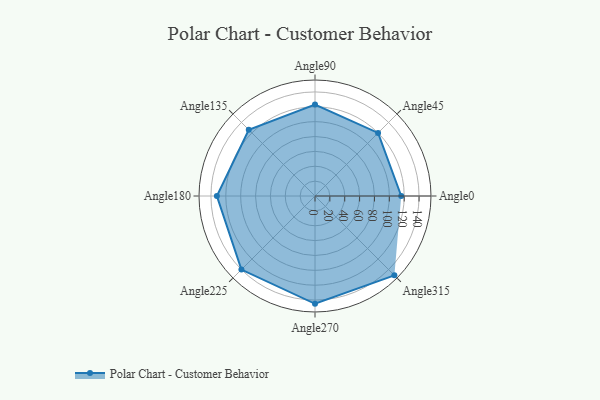
{"axis": {"x": "Angle", "y": "Radius"}, "legend": [""], "data": [{"x": "Angle0", "y": 116.0, "type": ""}, {"x": "Angle45", "y": 120.0, "type": ""}, {"x": "Angle90", "y": 123.0, "type": ""}, {"x": "Angle135", "y": 126.0, "type": ""}, {"x": "Angle180", "y": 132.0, "type": ""}, {"x": "Angle225", "y": 140.0, "type": ""}, {"x": "Angle270", "y": 145.0, "type": ""}, {"x": "Angle315", "y": 151.0, "type": ""}]}